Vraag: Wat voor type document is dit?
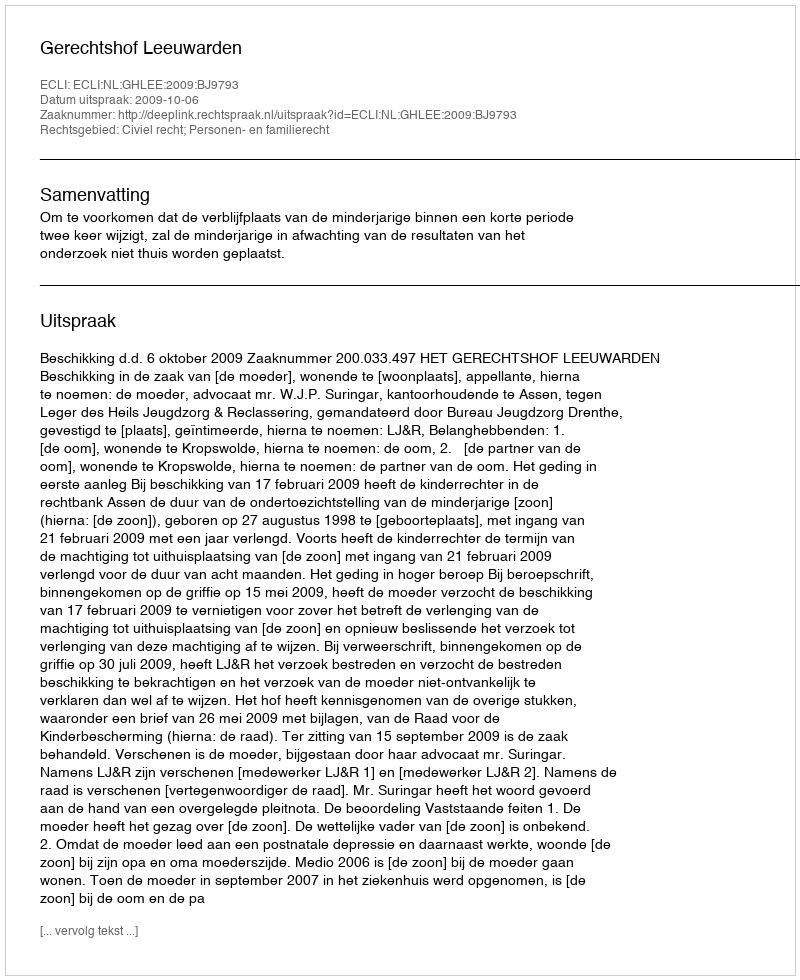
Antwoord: Uitspraak